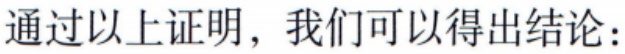
通过以上证明，我们可以得出结论：